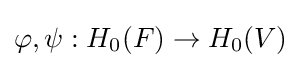
\varphi ,\psi :H_{0}(F)\to H_{0}(V)